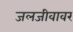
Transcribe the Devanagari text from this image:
जलजीवावर